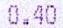
0.40